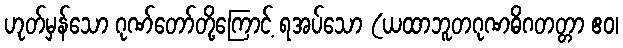
ဟုတ်မှန်သော ဂုဏ်တော်တို့ကြောင့် ရအပ်သော (ယထာဘူတဂုဏဓိဂတတ္တာ ဧဝ၊